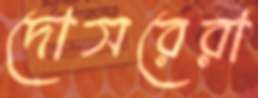
দোসরেরা